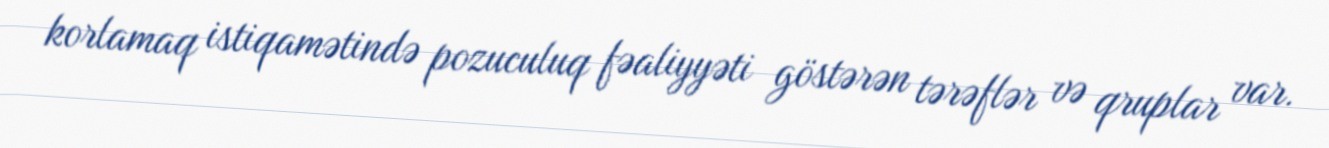
korlamaq istiqamətində pozuculuq fəaliyyəti göstərən tərəflər və qruplar var.